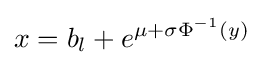
x=b_{l}+e^{\mu +\sigma \Phi ^{-1}(y)}